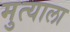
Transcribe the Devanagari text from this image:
मुत्याला